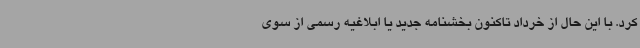
کرد. با این حال از خرداد تاکنون بخشنامه جدید یا ابلاغیه رسمی از سوی